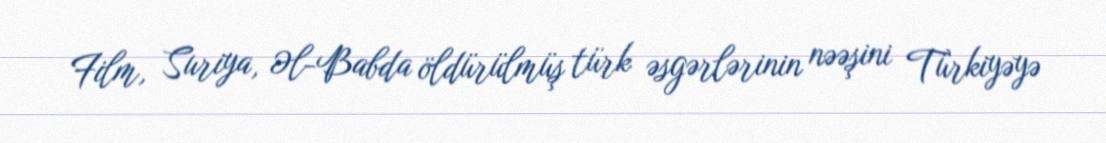
Film, Suriya, Əl-Babda öldürülmüş türk əsgərlərinin nəəşini Türkiyəyə